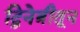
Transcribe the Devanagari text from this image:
द्विनेत्रीतून